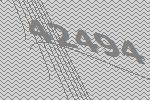
42494